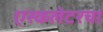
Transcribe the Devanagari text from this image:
एस्कलेटरचा